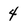
Character: 4